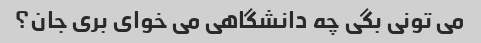
می تونی بگی چه دانشگاهی می خوای بری جان؟